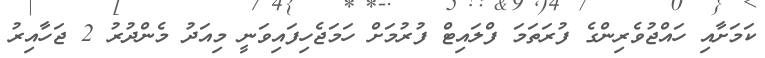
ކަމަށާއި ހައްޖުވެރިންގެ ފުރަތަމަ ފްލައިޓް ފުރުމަށް ހަމަޖެހިފައިވަނީ މިއަދު މެންދުރު 2 ޖަހާއިރު